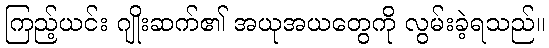
ကြည့်ယင်း ဂျိုးဆက်၏ အယုအယတွေကို လွမ်းခဲ့ရသည်။